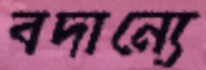
বদান্যে